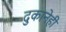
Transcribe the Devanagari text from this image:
दुकानेही